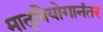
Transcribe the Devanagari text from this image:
मातृवियोगानंतर